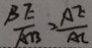
\frac { B E } { A B } = \frac { A E } { A C }